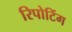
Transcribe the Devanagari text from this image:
रिपोटिंग